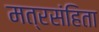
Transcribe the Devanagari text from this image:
मत्रसंहिता